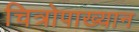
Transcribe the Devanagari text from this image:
चित्रोपाख्यान